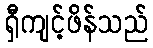
ရှီကျင့်ဖိန်သည်